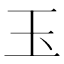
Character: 玉